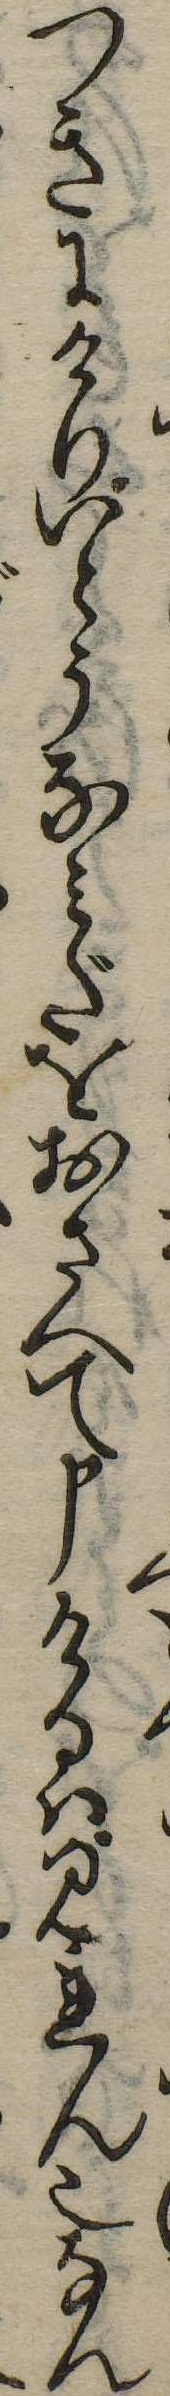
つきにけりいとうなみだをおさへて申けるはみれん也なん